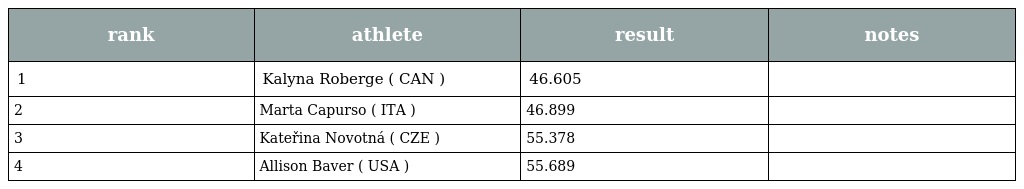
| rank | athlete | result | notes |
 | --- | --- | --- | --- |
 | 1 | Kalyna Roberge ( CAN ) | 46.605 |  |
 | 2 | Marta Capurso ( ITA ) | 46.899 |  |
 | 3 | Kateřina Novotná ( CZE ) | 55.378 |  |
 | 4 | Allison Baver ( USA ) | 55.689 |  |